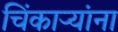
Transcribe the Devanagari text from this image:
चिंकाऱ्यांना